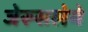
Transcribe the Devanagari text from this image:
जेरूसलेमे